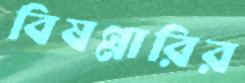
বিষণ্ণারির